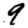
Digit: 9